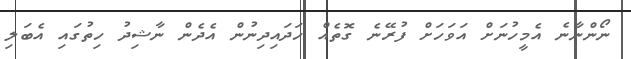
ނޯންނާނެ އެމީހުނަށް އަވަހަށް ފުރޭނެ ގޮތެއް ހަދައިދިނުން އެދެން ނާޝިދު ހިތުގައި އެބަލި